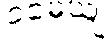
ဝမေယျ